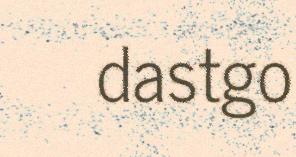
dastgo